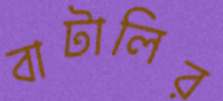
বাটালির